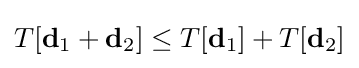
T[\mathbf {d} _{1}+\mathbf {d} _{2}]\leq T[\mathbf {d} _{1}]+T[\mathbf {d} _{2}]